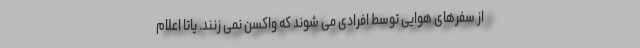
از سفرهای هوایی توسط افرادی می شوند که واکسن نمی زنند. یاتا اعلام